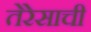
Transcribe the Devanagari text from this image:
तेरेसाची